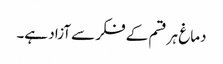
دماغ ہر قسم کے فکر سے آزاد ہے۔